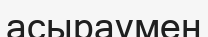
асыраумен